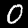
Label: 0